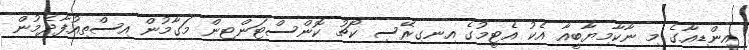
އިންޑިއާގެ މި ނާކާމިޔާބީއާ އެކު އެޓީމުގެ އިނގިރޭސި ކޯޗު ކޮންސްޓަންޓިން މަގާމުން އިސްތިއުފާދެމުން